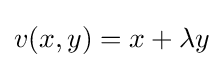
v(x,y)=x+\lambda y